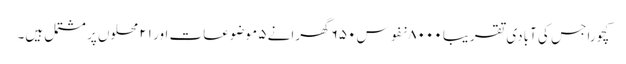
کچورا جس کی آبادی تقریبا ۸۰۰۰ نفوس ۶۵۰ گھرانے ۵ موضوعات اور ۲۱ محلوں پر مشتمل ہیں۔